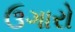
ઉગારો